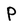
Character: P